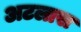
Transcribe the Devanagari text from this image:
अटलास